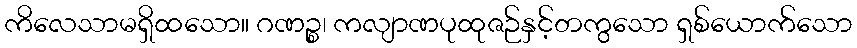
ကိလေသာမရှိထသော။ ဂဏဉ္စ၊ ကလျာဏပုထုဇဉ်နှင့်တကွသော ရှစ်ယောက်သော